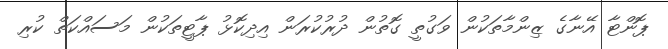
ޕޮންޓާ އޭނާގެ ޒިންމާތަކުން ވަގުތީ ގޮތުން ދުރުކުރަން އިދިކޮޅު ޕާޓީތަކުން މަސައްކަތް ކުރި